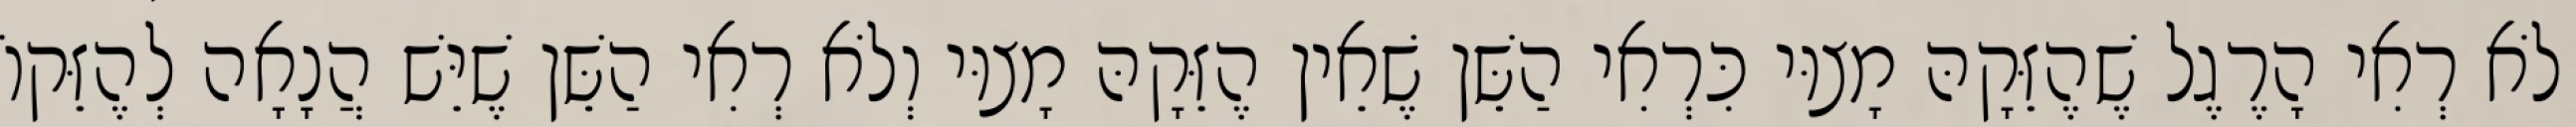
לֹא רְאִי הָרֶגֶל שֶׁהֶזֵּקָהּ מָצוּי כִּרְאִי הַשֵּׁן שֶׁאֵין הֶזֵּקָהּ מָצוּי וְלֹא רְאִי הַשֵּׁן שֶׁיֵּשׁ הֲנָאָה לְהֶזֵּקוֹ